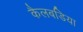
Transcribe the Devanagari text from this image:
कैलबडिया